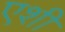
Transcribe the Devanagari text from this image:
एशी